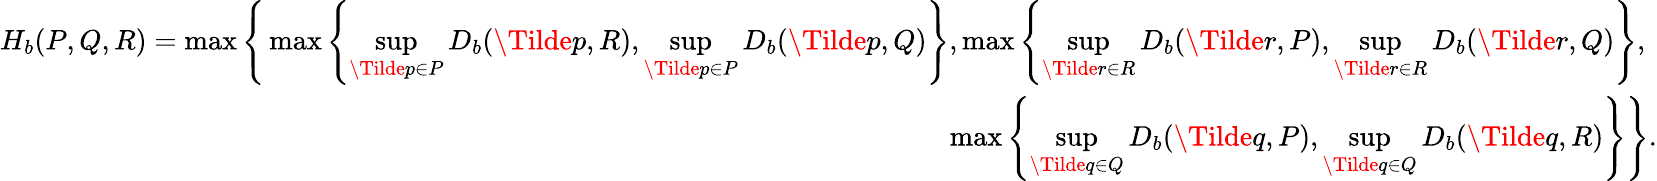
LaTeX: \begin{array}{r}{H_{b}(P,Q,R)=\operatorname*{max}\Bigg\{ \operatorname*{max}\left\{ \underset{\Tilde{p}\in P}{\operatorname*{sup}}D_{b}(\Tilde{p},R),\underset{\Tilde{p}\in P}{\operatorname*{sup}}D_{b}(\Tilde{p},Q)\right\} ,\operatorname*{max}\left\{ \underset{\Tilde{r}\in R}{\operatorname*{sup}}D_{b}(\Tilde{r},P),\underset{\Tilde{r}\in R}{\operatorname*{sup}}D_{b}(\Tilde{r},Q)\right\} ,\ }\\ {\operatorname*{max}\left\{ \underset{\Tilde{q}\in Q}{\operatorname*{sup}}D_{b}(\Tilde{q},P),\underset{\Tilde{q}\in Q}{\operatorname*{sup}}D_{b}(\Tilde{q},R)\right\} \Bigg\} .}\end{array}